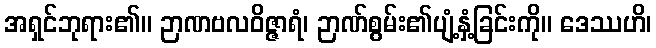
အရှင်ဘုရား၏။ ဉာဏဗလဝိဇ္ဇာရံ၊ ဉာဏ်စွမ်း၏ပျံ့နှံ့ခြင်းကို။ ဒေဿဟိ၊